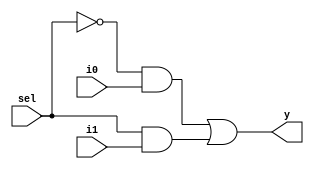
module mux2x1 (i0, i1, sel, y);

input i0, i1, sel;
output y;

wire isel, o1, o2;

not g1 (isel,sel);
and g2 (o1, isel, i0);
and g3 (o2, sel, i1);
or g4 (y, o1, o2);

endmodule